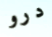
درو